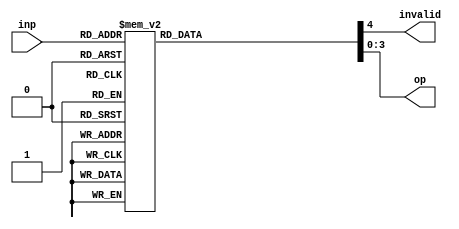
`timescale 1ns / 1ps
//////////////////////////////////////////////////////////////////////////////////
// Company: 
// Engineer: 
// 
// Design Name: 
// Module Name: x2b
// Project Name: 
// Target Devices: 
// Tool Versions: 
// Description: 
// 
// Dependencies: 
// 
// Revision:
// Revision 0.01 - File Created
// Additional Comments:
// 
//////////////////////////////////////////////////////////////////////////////////


module x2b(
    input [3:0] inp,
    output reg invalid,
    output reg [3:0] op
    );
    always@(*)
    case(inp)
       
        4'b0011 : begin
                     op = 4'b0000;
                     invalid = 0;
                  end
        4'b0100 : begin
                     op = 4'b0001;
                     invalid = 0;
                  end
        4'b0101 : begin
                     op = 4'b0010;
                     invalid = 0;
                  end
        4'b0110 : begin
                     op = 4'b0011;
                     invalid = 0;
                  end
        4'b0111 : begin
                     op = 4'b0100;
                     invalid = 0;
                  end
        4'b1000 : begin
                     op = 4'b0101;
                     invalid = 0;
                  end
        4'b1001 : begin
                     op = 4'b0110;
                     invalid = 0;
                  end
        4'b1010 : begin
                     op = 4'b0111;
                     invalid = 0;
                  end
        4'b1011 : begin
                     op = 4'b1000;
                     invalid = 0;
                  end
        4'b1100 : begin
                     op = 4'b1001;
                     invalid = 0;
                  end
        default:begin
              op = 8'bx;
              invalid = 1 ;
              end
        endcase
endmodule